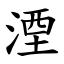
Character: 湮